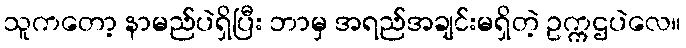
သူကတော့ နာမည်ပဲရှိပြီး ဘာမှ အရည်အချင်းမရှိတဲ့ ဥက္ကဌပဲလေ။